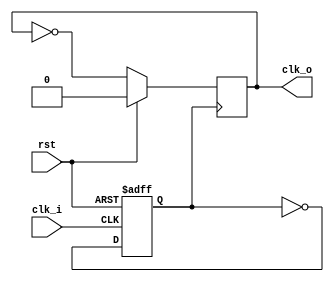
//////////////////////////////////////////
//  Functionality: A two-stage clock divider (Frequency is divided by 4)
//                 This is to test the clock generated locally by a LUT/FF
////////////////////////////////////////
`timescale 1ns / 1ps

module clk_divider(rst, clk_i, clk_o);

input rst;
input wire clk_i;
output reg clk_o;

reg  int_clk;


always @(posedge clk_i or posedge rst) begin
 if (rst) begin
   int_clk = 1; 
 end else begin
   int_clk = ~int_clk;
 end
end

always @(posedge int_clk) begin
  if (rst) begin
    clk_o = 0;
  end else begin
    clk_o = ~clk_o; 
  end
end


endmodule